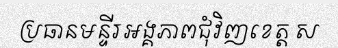
ប្រធានមន្ទីរអង្គភាពជុំវិញខេត្ត ស